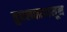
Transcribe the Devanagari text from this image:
तुघलकापासून